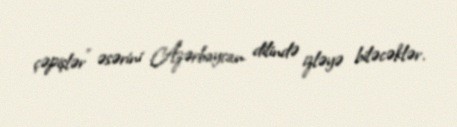
çəpişlər” əsərini Azərbaycan dilində izləyə biləcəklər.